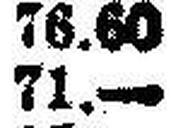
71.—